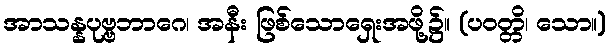
အာသန္နပုဗ္ဗဘာဂေ၊ အနီး ဖြစ်သောရှေးအဖို့၌။ (ပဝတ္တိ၊ သော။)